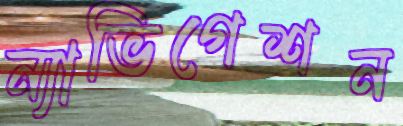
ন্যাভিগেশন